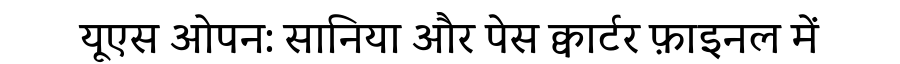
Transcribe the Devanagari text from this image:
यूएस ओपन: सानिया और पेस क्वार्टर फ़ाइनल में